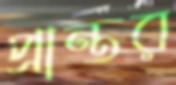
প্রান্তর